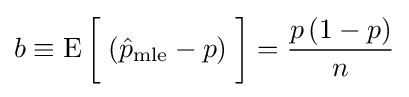
b\equiv \operatorname {E} {\bigg [}\;({\hat {p}}_{\mathrm {mle} }-p)\;{\bigg ]}={\frac {p\,(1-p)}{n}}